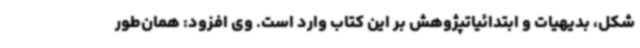
شکل، بدیهیات و ابتدائیاتپژوهش بر این کتاب وارد است. وی افزود: همان‌طور